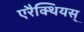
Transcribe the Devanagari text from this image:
एरैक्थियस्‌